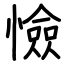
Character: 憸